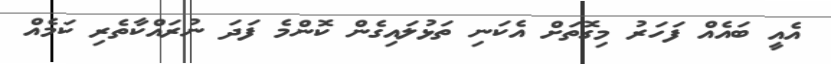
އެއީ ބައެއް ފަހަރު މިގޮތަށް އެކަނި ތަޅުލައިގެން ކޮންމެ ފަދަ ނުރައްކާތެރި ކަމެއް